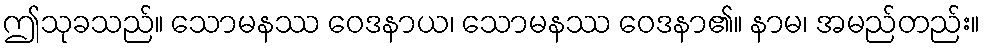
ဤသုခသည်။ သောမနဿ ဝေဒနာယ၊ သောမနဿ ဝေဒနာ၏။ နာမ၊ အမည်တည်း။